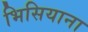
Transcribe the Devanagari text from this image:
भिसियाना